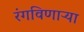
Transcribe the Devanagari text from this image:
रंगविणाऱ्या